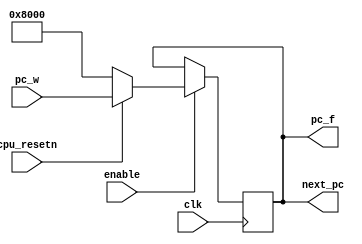
module F(input wire clk, input wire enable, input wire cpu_resetn, input wire[31:0] pc_w, output wire [31:0] pc_f, output wire [31:0] next_pc);
    reg [31:0] reg_pc;
    initial reg_pc = 32'h8000; // 8000
    always @(posedge clk) begin
        if (enable) begin
            if (!cpu_resetn) reg_pc <= 32'h8000; // 8000
            else reg_pc <= pc_w;
            // $display("Fetch");
            // $display(reg_pc);
        end
    end
    assign pc_f = reg_pc;
    assign next_pc = reg_pc;
endmodule